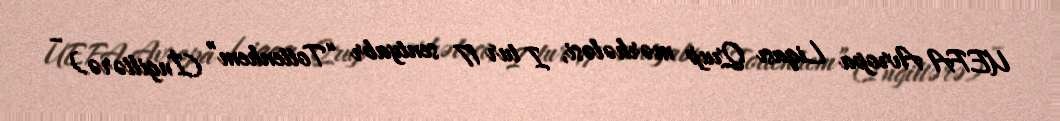
UEFA Avropa Liqası Qrup mərhələsi, I tur 17 sentyabr “Tottenhem” (İngiltərə) –